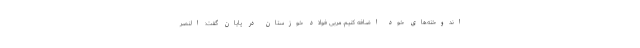
اندوخته‌های خود اضافه کنیم. مربی فولاد خوزستان در پایان گفت: النصر